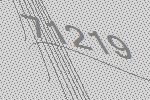
71219